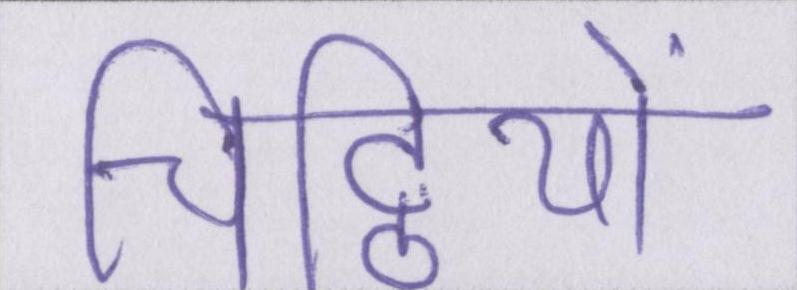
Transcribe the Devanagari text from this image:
चिट्ठियों